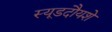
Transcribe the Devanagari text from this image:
स्यूडदौयशे